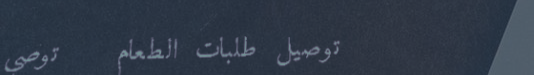
توصيل طلبات الطعام   توصي